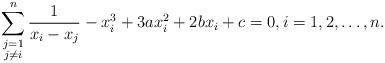
LaTeX: \begin{align*} \sum_{\substack{ j=1 \\ j\ne i}} ^n \frac{1}{x_i - x_j} - x_i^3 + 3a x_i^2 + 2b x_i + c = 0, i=1, 2, \ldots, n.\end{align*}